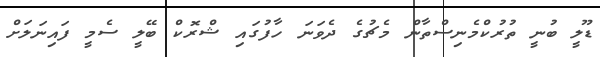
ޑޫލީ ބުނީ ތުރުކްމެނިސްތާން މެޗުގެ ދެވަނަ ހާފުގައި ޝްރޮކް ބޭލީ ސެމީ ފައިނަލަށް